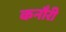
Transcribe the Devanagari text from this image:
कनौरी